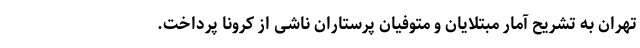
تهران به تشریح آمار مبتلایان و متوفیان پرستاران ناشی از کرونا پرداخت.